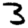
Digit: 3